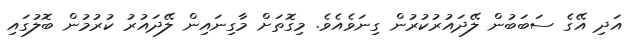
އަދި އޭގެ ސަބަބުން ލޭދައުރުކުރުން ގިނަވެއެވެ. މިގޮތަށް މާގިނައިން ލޭދައުރު ކުރުމުން ބޮލުގައި